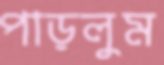
পাড়লুম